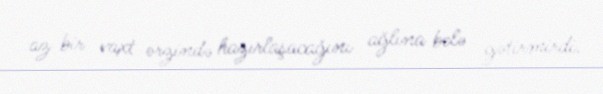
az bir vaxt ərzində hazırlaşacağını ağlına belə gətirmirdi.